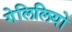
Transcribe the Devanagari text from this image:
गेलिलियो